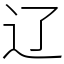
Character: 辽